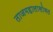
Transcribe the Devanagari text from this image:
ताजमहालासोबत